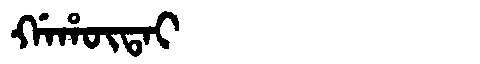
Manchu: ᡤᠠᡥᡡᡨᠠᡳ
Romanization: GAHŪTAI